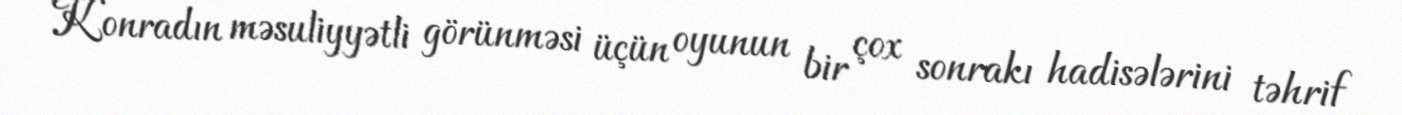
Konradın məsuliyyətli görünməsi üçün oyunun bir çox sonrakı hadisələrini təhrif